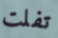
تفلت